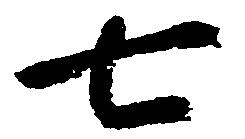
七